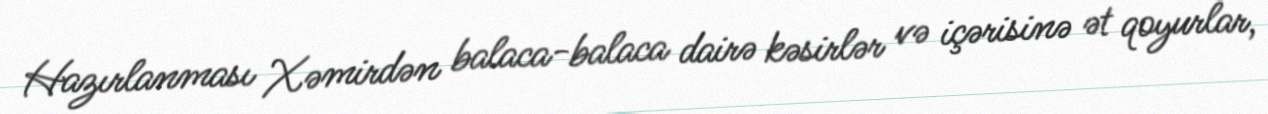
Hazırlanması Xəmirdən balaca-balaca dairə kəsirlər və içərisinə ət qoyurlar,